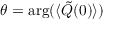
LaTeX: \theta = \arg ( \langle { \tilde { Q } } ( 0 ) \rangle )